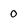
Character: 0